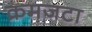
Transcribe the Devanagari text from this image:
क्रमजटा